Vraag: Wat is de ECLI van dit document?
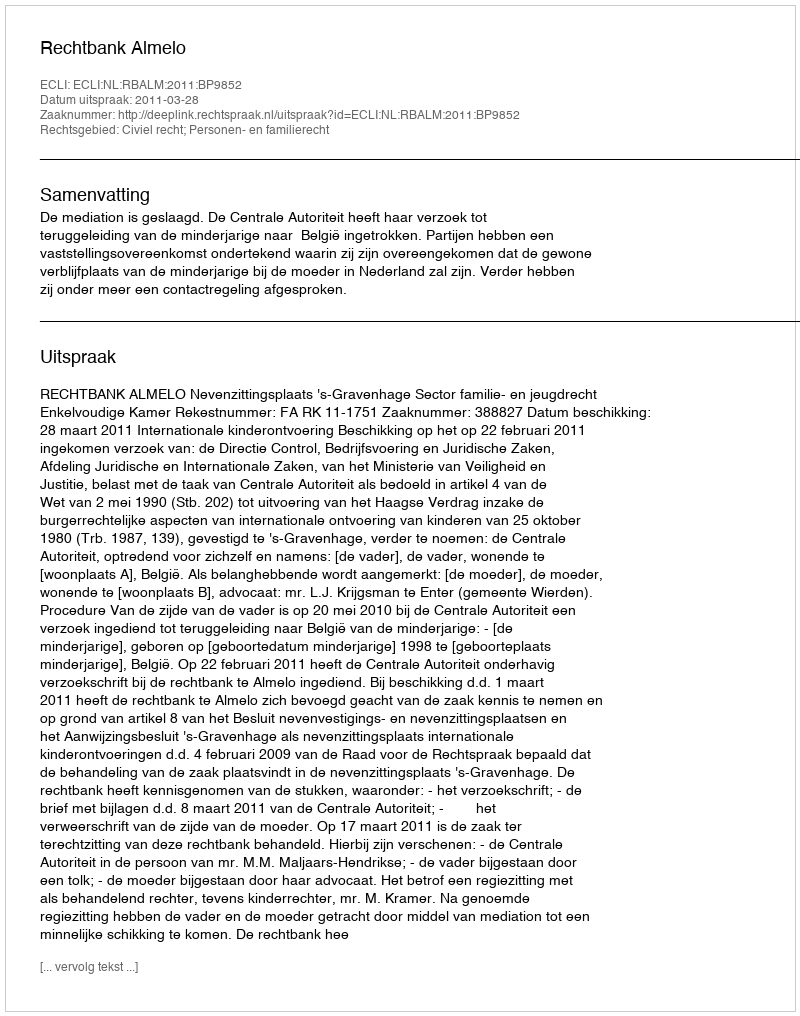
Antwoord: ECLI:NL:RBALM:2011:BP9852